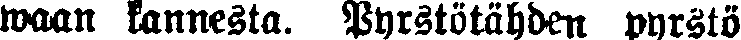
waan kannesta. Pyrstötähden pyrstö